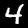
Digit: 4